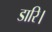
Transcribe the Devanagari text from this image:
डारि।